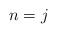
LaTeX: \begin{align*}&n=j\end{align*}